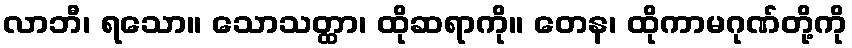
လာဘီ၊ ရသော။ သောသတ္ထာ၊ ထိုဆရာကို။ တေန၊ ထိုကာမဂုဏ်တို့ကို